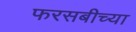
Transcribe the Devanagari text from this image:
फरसबीच्या